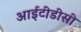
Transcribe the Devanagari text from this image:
आईटीडीसी